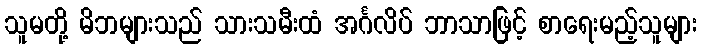
သူမတို့ မိဘများသည် သားသမီးထံ အင်္ဂလိပ် ဘာသာဖြင့် စာရေးမည့်သူများ